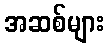
အဆစ်များ